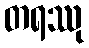
တရဿု